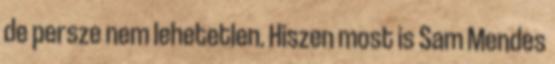
de persze nem lehetetlen. Hiszen most is Sam Mendes